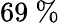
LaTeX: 69\ \%